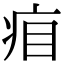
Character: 㾇